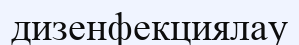
дизенфекциялау